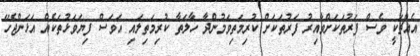
އެއްޗަކީ ވެސް ފަރުތަކަށްވާއިރު ފަރުތަކަށް ކުރިމަތިވަމުންދާ ހާލަތާ ކުރިމަތިލައި އަވަސް ފިޔަވަޅުތަކެއް އަޅަންޖެހޭ